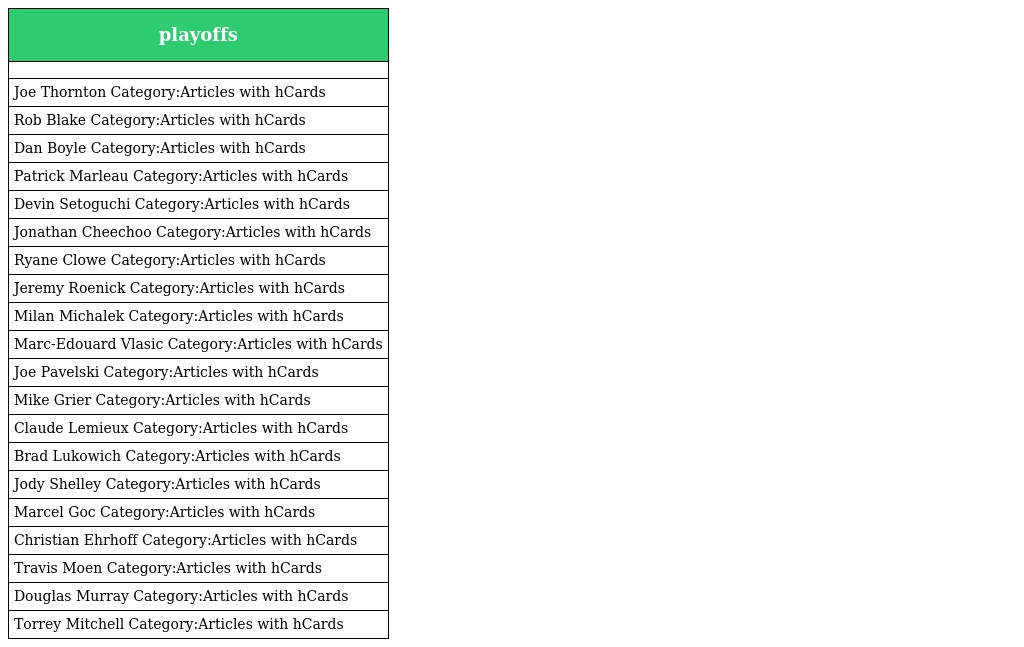
| playoffs |
 | --- |
 |  |
 | Joe Thornton Category:Articles with hCards |
 | Rob Blake Category:Articles with hCards |
 | Dan Boyle Category:Articles with hCards |
 | Patrick Marleau Category:Articles with hCards |
 | Devin Setoguchi Category:Articles with hCards |
 | Jonathan Cheechoo Category:Articles with hCards |
 | Ryane Clowe Category:Articles with hCards |
 | Jeremy Roenick Category:Articles with hCards |
 | Milan Michalek Category:Articles with hCards |
 | Marc-Edouard Vlasic Category:Articles with hCards |
 | Joe Pavelski Category:Articles with hCards |
 | Mike Grier Category:Articles with hCards |
 | Claude Lemieux Category:Articles with hCards |
 | Brad Lukowich Category:Articles with hCards |
 | Jody Shelley Category:Articles with hCards |
 | Marcel Goc Category:Articles with hCards |
 | Christian Ehrhoff Category:Articles with hCards |
 | Travis Moen Category:Articles with hCards |
 | Douglas Murray Category:Articles with hCards |
 | Torrey Mitchell Category:Articles with hCards |